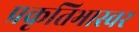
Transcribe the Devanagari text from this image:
प्रकृतिभास्वर